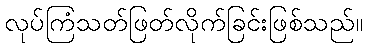
လုပ်ကြံသတ်ဖြတ်လိုက်ခြင်းဖြစ်သည်။